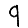
Digit: 9